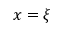
x = \xi